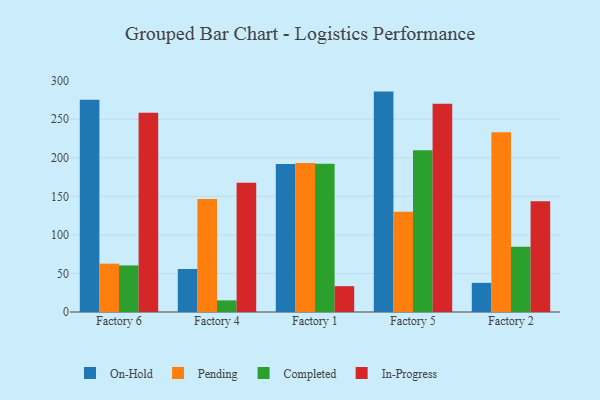
{"axis": {"x": "Factory", "y": "Active Users"}, "legend": ["Completed", "In-Progress", "On-Hold", "Pending"], "data": [{"x": "Factory 6", "y": 275.3, "type": "On-Hold"}, {"x": "Factory 6", "y": 62.7, "type": "Pending"}, {"x": "Factory 6", "y": 60.4, "type": "Completed"}, {"x": "Factory 6", "y": 258.5, "type": "In-Progress"}, {"x": "Factory 4", "y": 55.8, "type": "On-Hold"}, {"x": "Factory 4", "y": 146.6, "type": "Pending"}, {"x": "Factory 4", "y": 15.1, "type": "Completed"}, {"x": "Factory 4", "y": 167.8, "type": "In-Progress"}, {"x": "Factory 1", "y": 192.0, "type": "On-Hold"}, {"x": "Factory 1", "y": 193.2, "type": "Pending"}, {"x": "Factory 1", "y": 192.4, "type": "Completed"}, {"x": "Factory 1", "y": 33.5, "type": "In-Progress"}, {"x": "Factory 5", "y": 285.9, "type": "On-Hold"}, {"x": "Factory 5", "y": 130.1, "type": "Pending"}, {"x": "Factory 5", "y": 209.7, "type": "Completed"}, {"x": "Factory 5", "y": 270.2, "type": "In-Progress"}, {"x": "Factory 2", "y": 37.8, "type": "On-Hold"}, {"x": "Factory 2", "y": 233.2, "type": "Pending"}, {"x": "Factory 2", "y": 84.5, "type": "Completed"}, {"x": "Factory 2", "y": 143.7, "type": "In-Progress"}]}